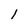
Character: l